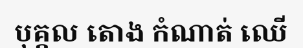
បុគ្គល តោង កំណាត់ ឈើ